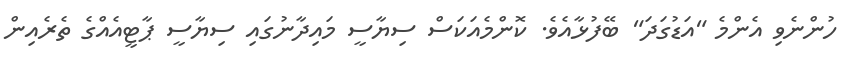
ހުންނެވި އެންމެ "އަޑުގަދަ" ބޭފުޅާއެވެ. ކޮންމެއަކަސް ސިޔާސީ މައިދާނުގައި ސިޔާސީ ޕާޓީއެއްގެ ތެރެއިން